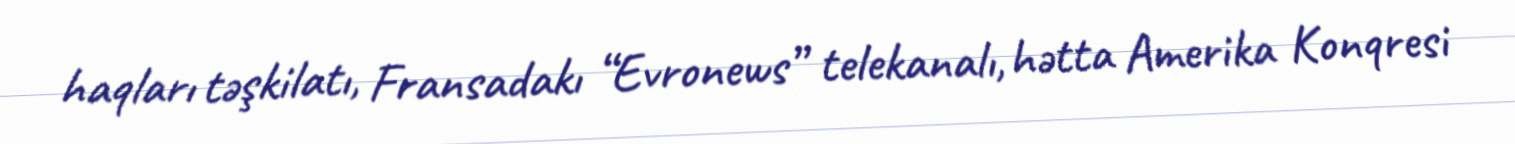
haqları təşkilatı, Fransadakı “Evronews” telekanalı, hətta Amerika Konqresi